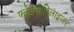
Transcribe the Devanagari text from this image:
फ्लेक्सीबिलाइजर